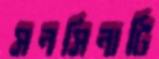
সনসিনাটি